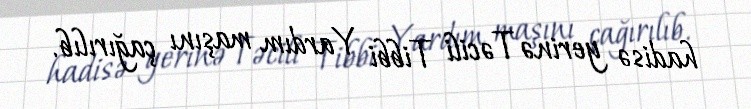
hadisə yerinə Təcili Tibbi Yardım maşını çağırılıb.